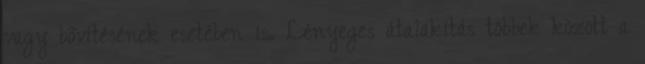
vagy bõvítésének esetében is. Lényeges átalakítás többek között a